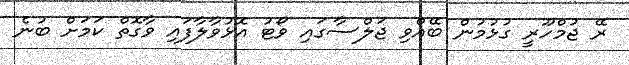
ރޭ ޖުމްހޫރީ ގުޅުމުން ބޭއްވި ޖަލްސާގައި ވޯޓު އޮޅުވާލާފައި ވާގޮތް ކަމަށް ބުނެ